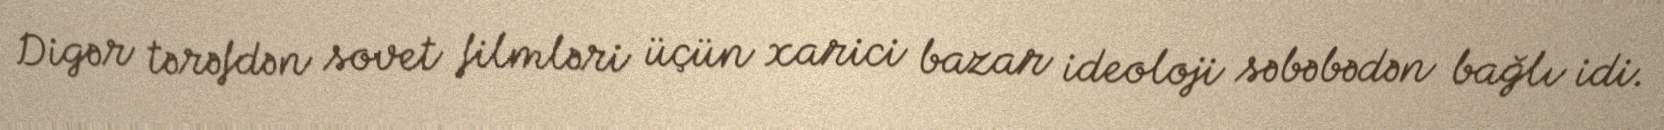
Digər tərəfdən sovet filmləri üçün xarici bazar ideoloji səbəbədən bağlı idi.